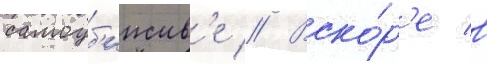
самоуб'ииств'е // Вско́р'е в